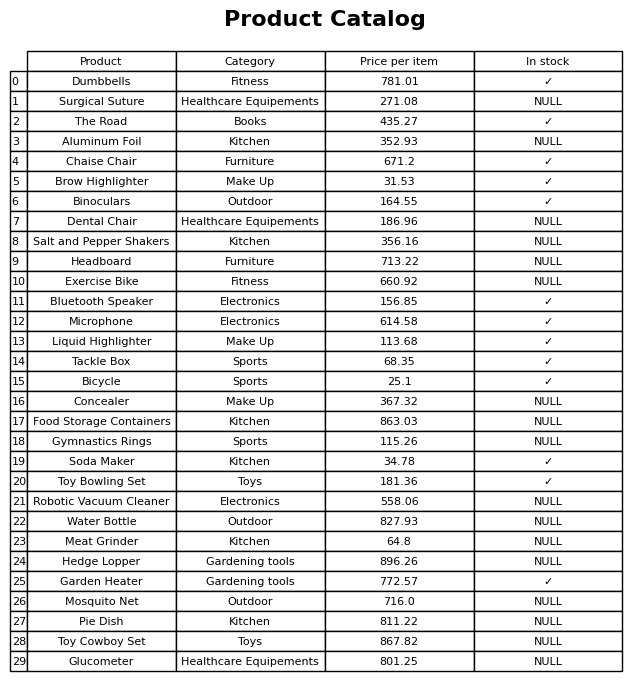
question: What is the price for Liquid Highlighter?
answer: The price of Liquid Highlighter is 113.68.